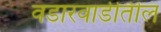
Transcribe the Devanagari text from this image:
वडारवाडीतील